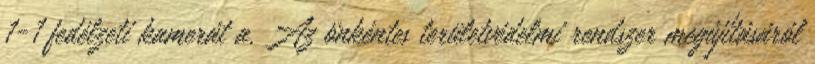
1-1 fedélzeti kamerát a. Az önkéntes területvédelmi rendszer megújításáról